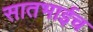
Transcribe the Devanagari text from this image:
सातभाईच